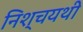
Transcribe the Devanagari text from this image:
निश्चयथी